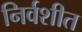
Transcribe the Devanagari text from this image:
निर्वशीत